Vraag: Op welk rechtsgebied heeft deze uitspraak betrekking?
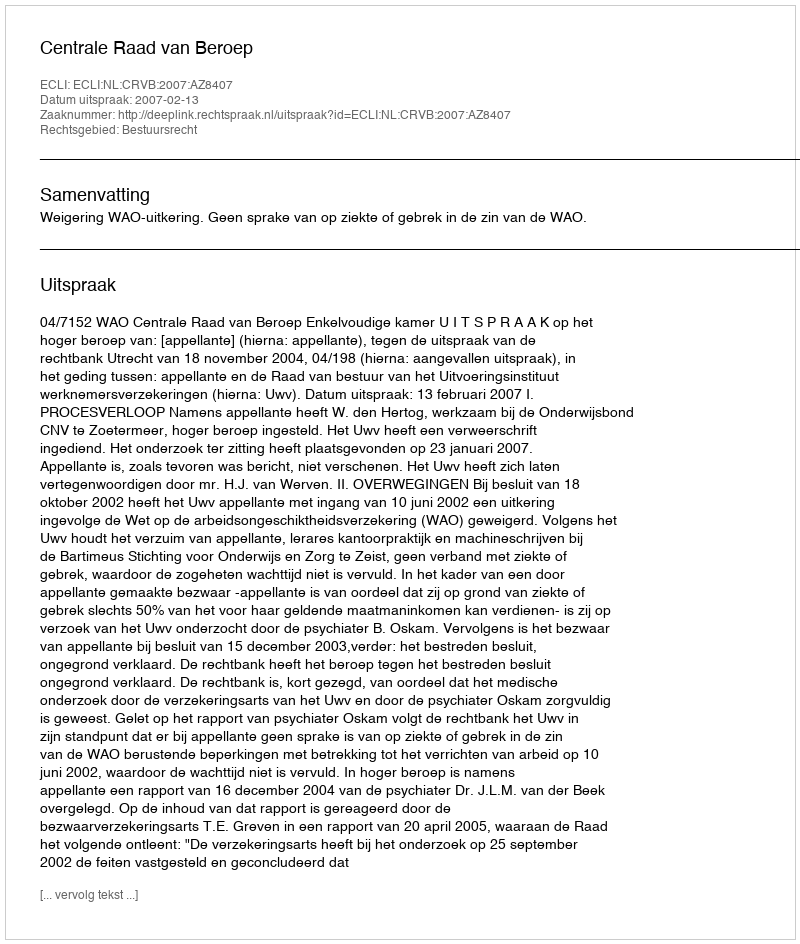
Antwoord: Bestuursrecht